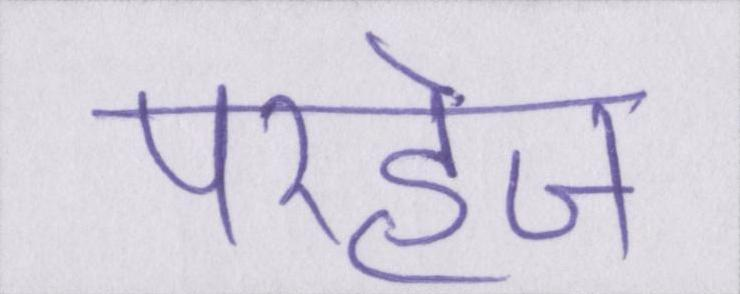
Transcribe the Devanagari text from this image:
परहेज